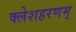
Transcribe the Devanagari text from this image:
क्लेशहरणम्